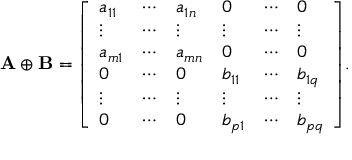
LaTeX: \mathbf { A } \oplus \mathbf { B } = { \left[ \begin{array} { l l l l l l } { a _ { 1 1 } } & { \cdots } & { a _ { 1 n } } & { 0 } & { \cdots } & { 0 } \\ { \vdots } & { \cdots } & { \vdots } & { \vdots } & { \cdots } & { \vdots } \\ { a _ { m 1 } } & { \cdots } & { a _ { m n } } & { 0 } & { \cdots } & { 0 } \\ { 0 } & { \cdots } & { 0 } & { b _ { 1 1 } } & { \cdots } & { b _ { 1 q } } \\ { \vdots } & { \cdots } & { \vdots } & { \vdots } & { \cdots } & { \vdots } \\ { 0 } & { \cdots } & { 0 } & { b _ { p 1 } } & { \cdots } & { b _ { p q } } \end{array} \right] } .